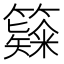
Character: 𥶗